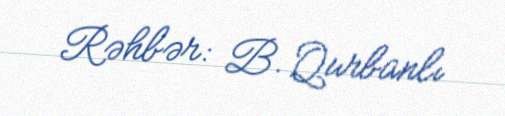
Rəhbər: B. Qurbanlı